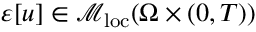
\varepsilon [ u ] \in \mathcal { M } _ { \mathrm { l o c } } ( \Omega \times ( 0 , T ) )